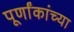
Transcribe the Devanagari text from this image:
पूर्णांकांच्या